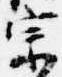
宗